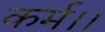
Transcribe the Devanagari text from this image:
कर्म।।